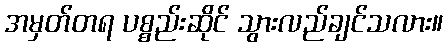
အမှတ်တရ ပစ္စည်းဆိုင် သွားလည်ချင်သလား။